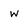
Character: w